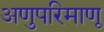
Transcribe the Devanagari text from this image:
अणुपरिमाणू